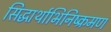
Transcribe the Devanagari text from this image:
सिद्धार्थाभिनिष्क्रमण